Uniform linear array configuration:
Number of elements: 32
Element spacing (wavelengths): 0.25
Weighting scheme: uniform
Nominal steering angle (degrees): -30
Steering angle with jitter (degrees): -30.91
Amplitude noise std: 0.05
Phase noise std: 0.05

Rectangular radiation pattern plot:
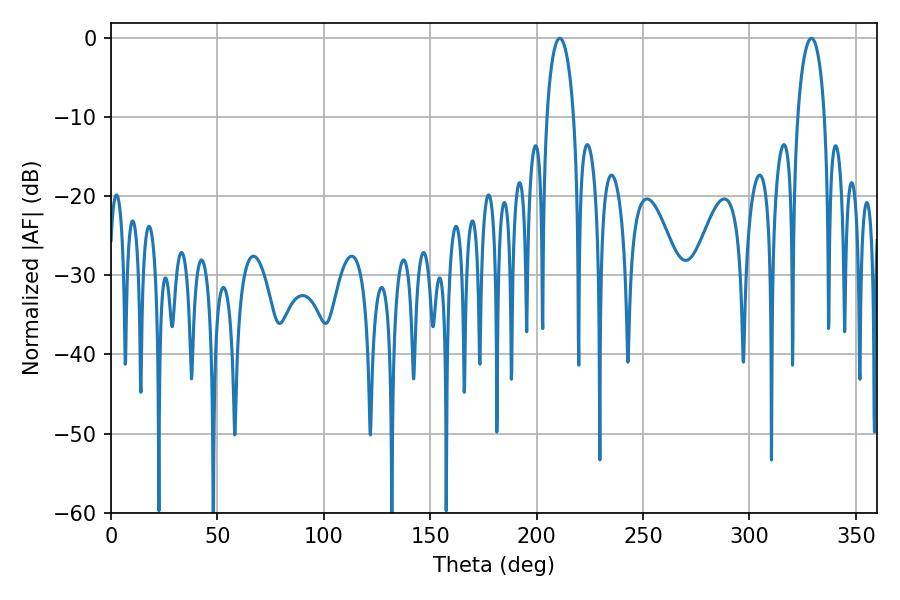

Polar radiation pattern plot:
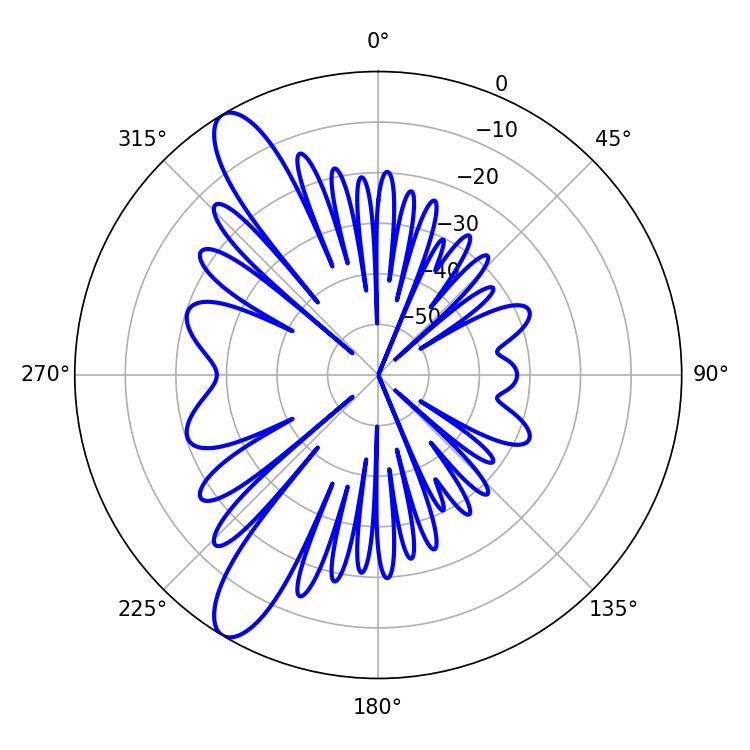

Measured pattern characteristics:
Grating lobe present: FALSE
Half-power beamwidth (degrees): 7.2
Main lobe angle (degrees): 329.04